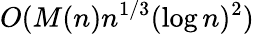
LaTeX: O(M(n)n^{1/3}(\log n)^{2})